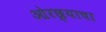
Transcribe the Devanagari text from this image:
ओरछ्याचा